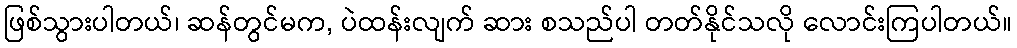
ဖြစ်သွားပါတယ်၊ ဆန်တွင်မက, ပဲထန်းလျက် ဆား စသည်ပါ တတ်နိုင်သလို လောင်းကြပါတယ်။